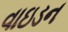
વાઇડન